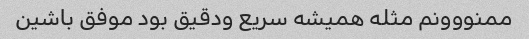
ممنووونم مثله همیشه سریع ودقیق بود موفق باشین